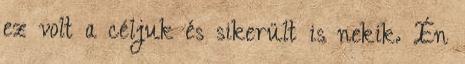
ez volt a céljuk és sikerült is nekik. Én